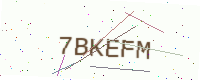
Text: 7BKEFM